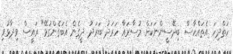
ހަތްދިހަ އެތައްހާސް ބިދޭސީންނަކަށް މުސާރައާ ހަރަދު ބަރަދު ދީގެން އެބަގެންގުޅޭ" ރައީސް ވިދާޅުވި